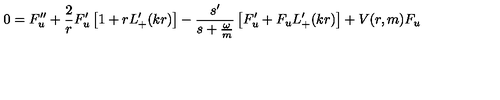
0 = F _ { u } ^ { \prime \prime } + \frac { 2 } { r } F _ { u } ^ { \prime } \left[ 1 + r L _ { + } ^ { \prime } ( k r ) \right] - \frac { s ^ { \prime } } { s + \frac { \omega } { m } } \left[ F _ { u } ^ { \prime } + F _ { u } L _ { + } ^ { \prime } ( k r ) \right] + V ( r , m ) F _ { u }